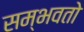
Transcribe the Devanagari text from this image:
सम्भवतो